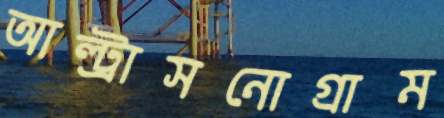
আল্ট্রাসনোগ্রাম